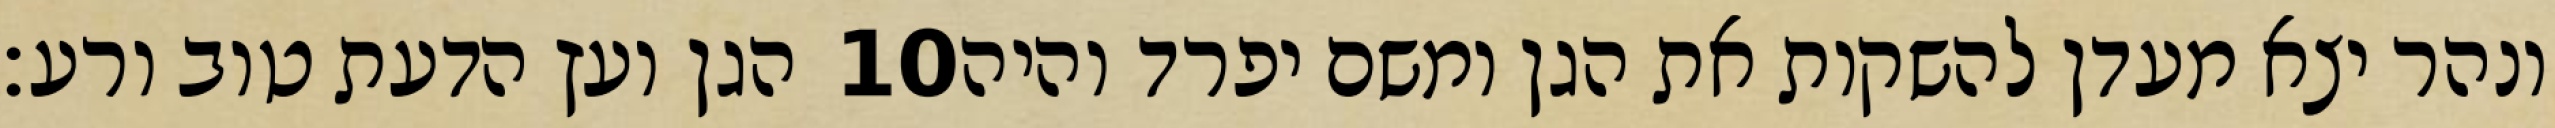
הגן ועץ הדעת טוב ורע׃ ‎10‏ ונהר יצא מעדן להשקות את הגן ומשם יפרד והיה